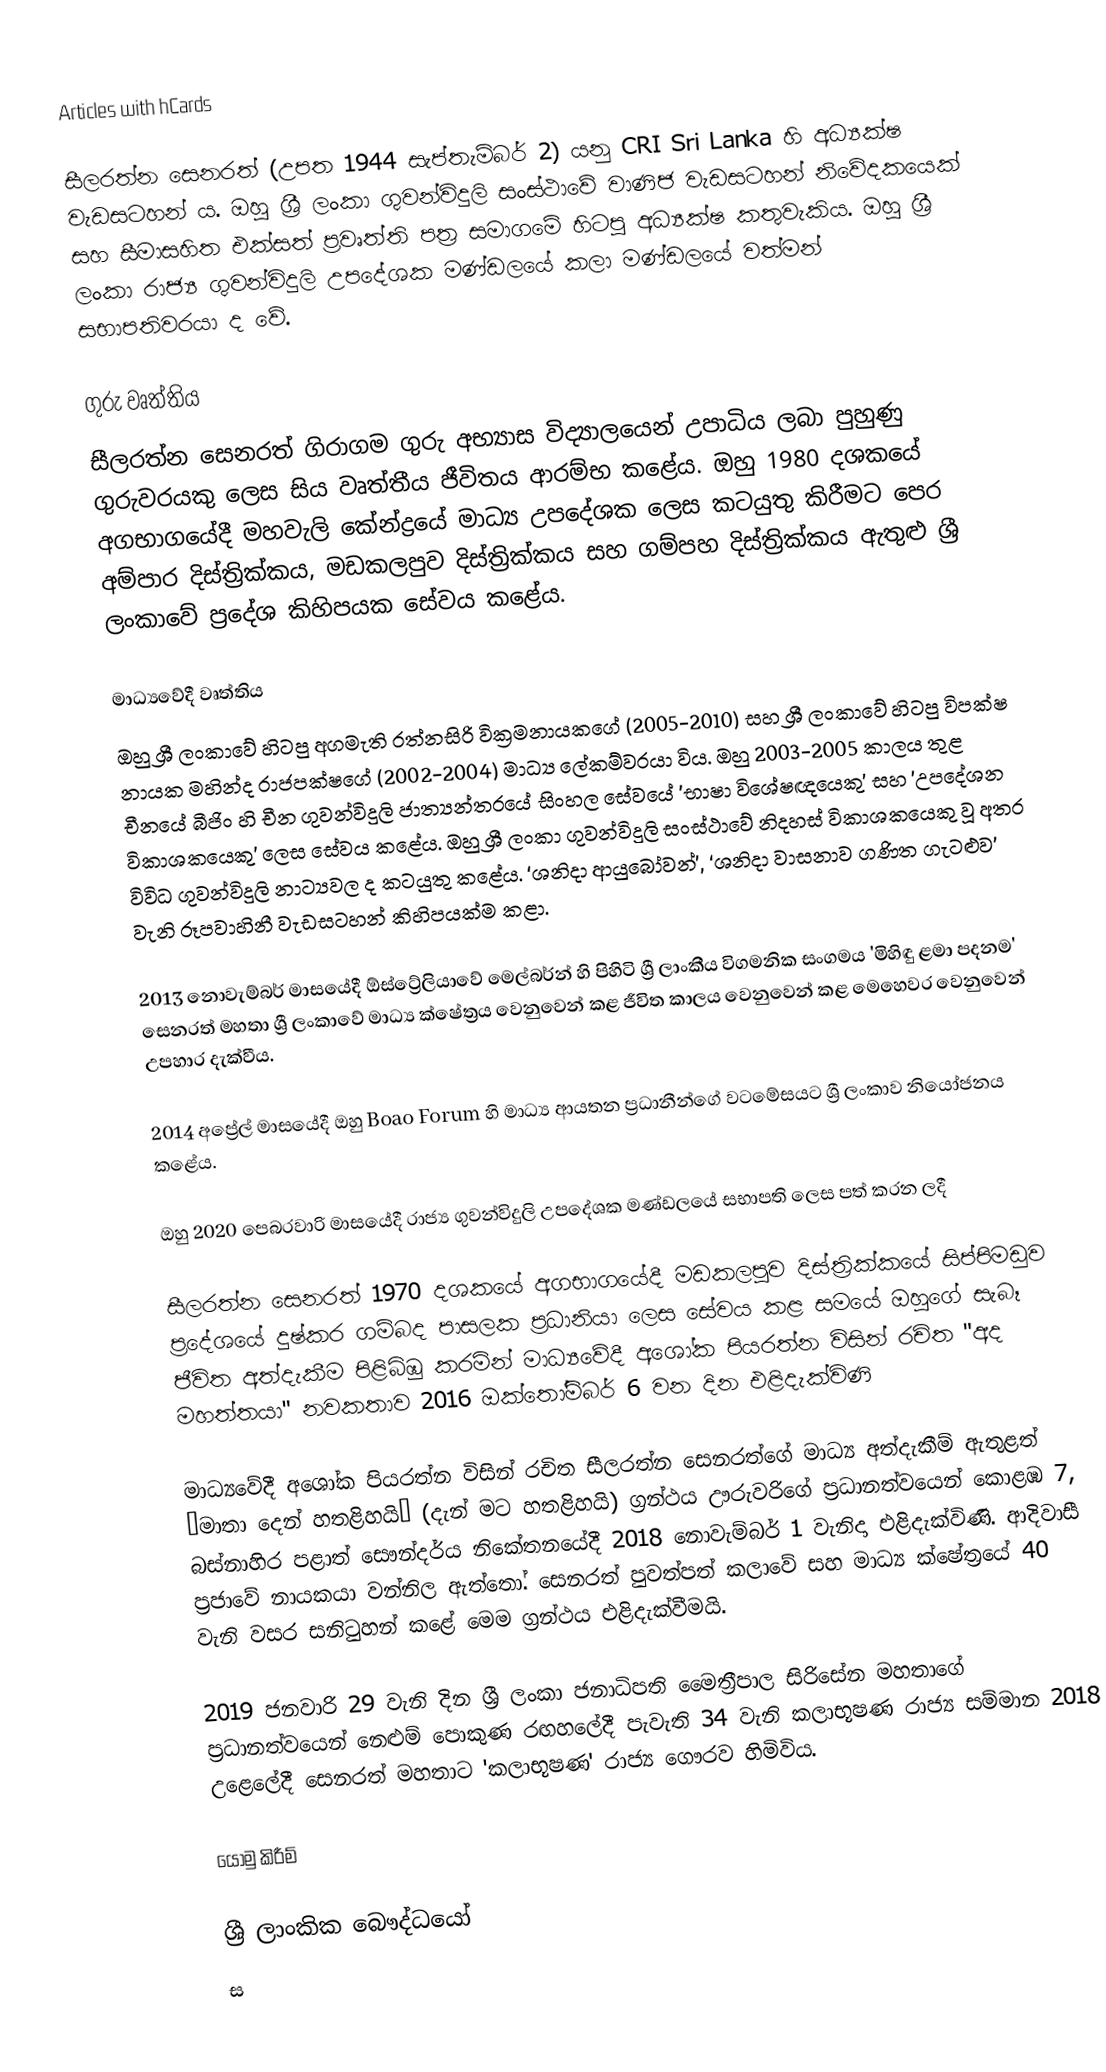
Articles with hCards

සීලරත්න සෙනරත් (උපත 1944 සැප්තැම්බර් 2) යනු CRI Sri Lanka හි අධ්‍යක්ෂ වැඩසටහන් ය. ඔහු ශ්‍රී ලංකා ගුවන්විදුලි සංස්ථාවේ වාණිජ වැඩසටහන් නිවේදකයෙක් සහ සීමාසහිත එක්සත් ප්‍රවෘත්ති පත්‍ර සමාගමේ හිටපු අධ්‍යක්ෂ කතුවැකිය.   ඔහු ශ්‍රී ලංකා රාජ්‍ය ගුවන්විදුලි උපදේශක මණ්ඩලයේ කලා මණ්ඩලයේ වත්මන් සභාපතිවරයා ද වේ.

ගුරු වෘත්තිය
සීලරත්න සෙනරත් ගිරාගම ගුරු අභ්‍යාස විද්‍යාලයෙන් උපාධිය ලබා පුහුණු ගුරුවරයකු ලෙස සිය වෘත්තීය ජීවිතය ආරම්භ කළේය. ඔහු 1980 දශකයේ අගභාගයේදී මහවැලි කේන්ද්‍රයේ මාධ්‍ය උපදේශක ලෙස කටයුතු කිරීමට පෙර අම්පාර දිස්ත්‍රික්කය, මඩකලපුව දිස්ත්‍රික්කය සහ ගම්පහ දිස්ත්‍රික්කය ඇතුළු ශ්‍රී ලංකාවේ ප්‍රදේශ කිහිපයක සේවය කළේය.

මාධ්‍යවේදී වෘත්තිය
ඔහු ශ්‍රී ලංකාවේ හිටපු අගමැති රත්නසිරි වික්‍රමනායකගේ (2005-2010) සහ ශ්‍රී ලංකාවේ හිටපු විපක්ෂ නායක මහින්ද රාජපක්ෂගේ (2002-2004) මාධ්‍ය ලේකම්වරයා විය. ඔහු 2003-2005 කාලය තුළ චීනයේ බීජිං හි චීන ගුවන්විදුලි ජාත්‍යන්තරයේ සිංහල සේවයේ 'භාෂා විශේෂඥයෙකු' සහ 'උපදේශන විකාශකයෙකු' ලෙස සේවය කළේය. ඔහු ශ්‍රී ලංකා ගුවන්විදුලි සංස්ථාවේ නිදහස් විකාශකයෙකු වූ අතර විවිධ ගුවන්විදුලි නාට්‍යවල ද කටයුතු කළේය. ‘ශනිදා ආයුබෝවන්’, ‘ශනිදා වාසනාව ගණිත ගැටළුව’ වැනි රූපවාහිනී වැඩසටහන් කිහිපයක්ම කළා.

2013 නොවැම්බර් මාසයේදී ඕස්ට්‍රේලියාවේ මෙල්බර්න් හි පිහිටි ශ්‍රී ලාංකීය විගමනික සංගමය 'මිහිඳු ළමා පදනම' සෙනරත් මහතා ශ්‍රී ලංකාවේ මාධ්‍ය ක්ෂේත්‍රය වෙනුවෙන් කළ ජීවිත කාලය වෙනුවෙන් කළ මෙහෙවර වෙනුවෙන් උපහාර දැක්වීය.

2014 අප්‍රේල් මාසයේදී ඔහු Boao Forum හි මාධ්‍ය ආයතන ප්‍රධානීන්ගේ වටමේසයට ශ්‍රී ලංකාව නියෝජනය කළේය.

ඔහු 2020 පෙබරවාරි මාසයේදී රාජ්‍ය ගුවන්විදුලි උපදේශක මණ්ඩලයේ සභාපති ලෙස පත් කරන ලදී

සීලරත්න සෙනරත් 1970 දශකයේ අගභාගයේදී මඩකලපුව දිස්ත්‍රික්කයේ සිප්පිමඩුව ප්‍රදේශයේ දුෂ්කර ගම්බද පාසලක ප්‍රධානියා ලෙස සේවය කළ සමයේ ඔහුගේ සැබෑ ජීවිත අත්දැකීම පිළිබිඹු කරමින් මාධ්‍යවේදී අශෝක පියරත්න විසින් රචිත "අද මහත්තයා" නවකතාව 2016 ඔක්තෝම්බර් 6 වන දින එළිදැක්විණි

මාධ්‍යවේදී අශෝක පියරත්න විසින් රචිත සීලරත්න සෙනරත්ගේ මාධ්‍ය අත්දැකීම් ඇතුළත් ‘මාතා දෙන් හතළිහයි’ (දැන් මට හතළිහයි) ග්‍රන්ථය ඌරුවරිගේ ප්‍රධානත්වයෙන් කොළඹ 7, බස්නාහිර පළාත් සෞන්දර්ය නිකේතනයේදී 2018 නොවැම්බර් 1 වැනිදා එළිදැක්විණි. ආදිවාසී ප්‍රජාවේ නායකයා වන්නිල ඇත්තෝ.  සෙනරත් පුවත්පත් කලාවේ සහ මාධ්‍ය ක්ෂේත්‍රයේ 40 වැනි වසර සනිටුහන් කළේ මෙම ග්‍රන්ථය එළිදැක්වීමයි.

2019 ජනවාරි 29 වැනි දින ශ්‍රී ලංකා ජනාධිපති මෛත්‍රීපාල සිරිසේන මහතාගේ ප්‍රධානත්වයෙන් නෙළුම් පොකුණ රඟහලේදී පැවැති 34 වැනි කලාභූෂණ රාජ්‍ය සම්මාන 2018 උළෙලේදී සෙනරත් මහතාට 'කලාභූෂණ' රාජ්‍ය ගෞරව  හිමිවිය.

යොමු කිරීම්

ශ්‍රී ලාංකික බෞද්ධයෝ
ස